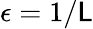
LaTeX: \epsilon=1/\mathsf{L}